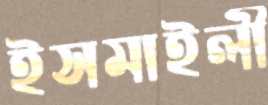
ইসমাইলী